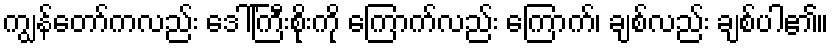
ကျွန်တော်ကလည်း ဒေါ်ကြီးစိုးကို ကြောက်လည်း ကြောက်၊ ချစ်လည်း ချစ်ပါ၏။